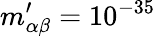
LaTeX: m_{\alpha\beta}^{\prime}=10^{-35}